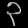
Digit: ၃